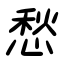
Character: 愁